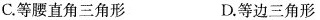
C.等腰直角三角形 D.等边三角形